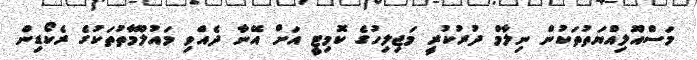
މަސްއޫލިއްޔަތުތަކުން ނިލާމް ދުރުކުރީ މަޖިލިހުގެ ކޮމިޓީ އަށް އޭނާ ދެއްވި މައުލޫމާތުތަކުގެ ރެކޯޑިން